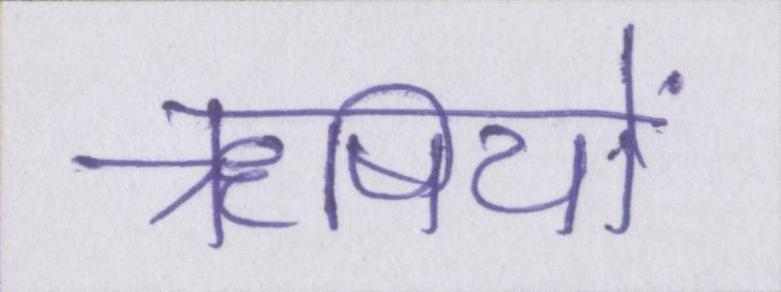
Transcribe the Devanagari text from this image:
ॠषियों